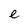
Character: e